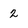
Character: 2